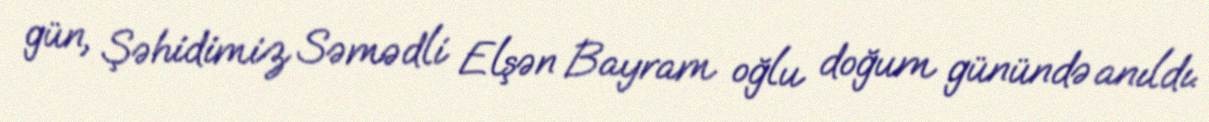
gün, Şəhidimiz Səmədli Elşən Bayram oğlu doğum günündə anıldı.